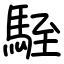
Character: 駤